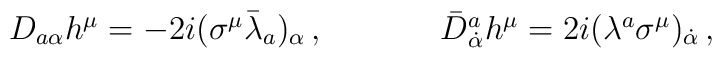
\begin{array}{cc}D_{a\alpha}h^{\mu}=-2i(\sigma^{\mu}\bar{\lambda}_{a})_{\alpha}\,,~~~~&~~~~\bar{D}{}^{a}_{\dot{\alpha}}h^{\mu}=2i(\lambda^{a}\sigma^{\mu})_{\dot{\alpha}}\,,\end{array}